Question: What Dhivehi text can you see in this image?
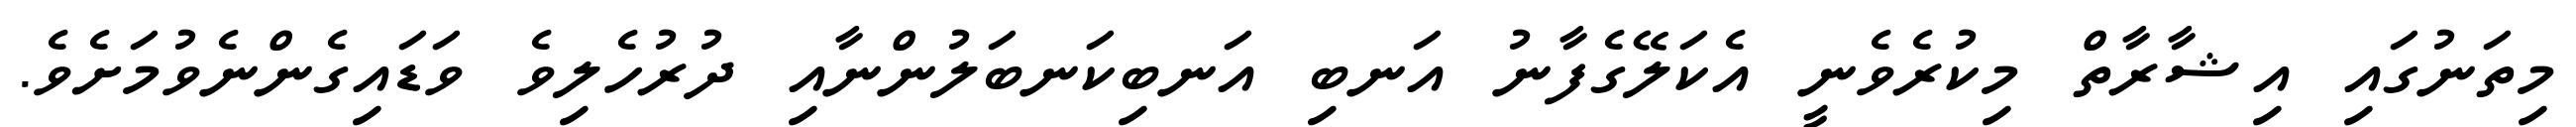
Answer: މިތަނުގައި އިޝާރާތް މިކުރެވެނީ އެކަލޭގެފާނު އަނބި އަނބިކަނބަލުންނާއި ދުރުހެލިވެ ވަޑައިގެންނެވުމަށެވެ.